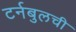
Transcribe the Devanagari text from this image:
टर्नबुलची